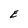
Character: E